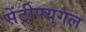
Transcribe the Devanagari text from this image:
सेंट्रीफ्युगल